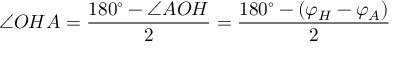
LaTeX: \angle O H A = { \frac { 1 8 0 ^ { \circ } - \angle A O H } { 2 } } = { \frac { 1 8 0 ^ { \circ } - ( \varphi _ { H } - \varphi _ { A } ) } { 2 } }